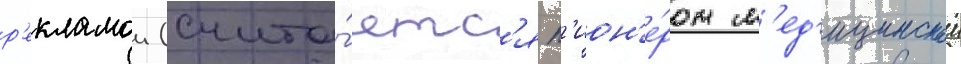
р'екламои (счита́етс'я п'ион'е́ром м'ед'ицинскои